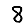
Digit: 8